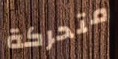
متحركة